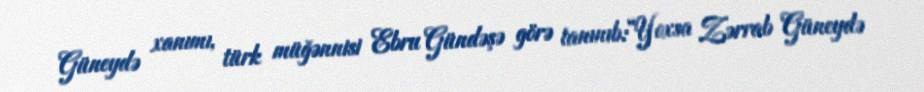
Güneydə xanımı, türk müğənnisi Ebru Gündəşə görə tanınıb:“Yoxsa Zərrab Güneydə